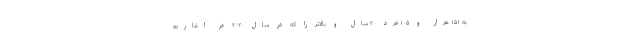
به ۱۵۱ هزار و ۱۰۵ فرد ۲۰ سال و بالاتر را که در سال ۲۰۲۰ در انتاریو